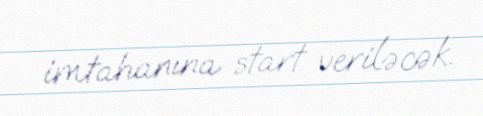
imtahanına start veriləcək.